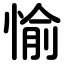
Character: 愉